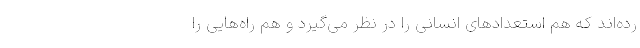
رده‌اند که هم استعدادهای انسانی را در نظر می‌‌گیرد و هم راه‌هایی را